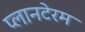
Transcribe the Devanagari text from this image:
प्लानटेरम